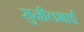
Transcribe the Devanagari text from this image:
सुनीलभाई